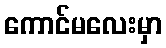
ကောင်မလေးမှာ